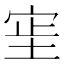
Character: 𫳊